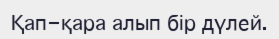
Қап-қара алып бір дүлей.